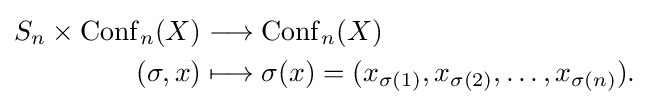
{\begin{aligned}S_{n}\times \operatorname {Conf} _{n}(X)&\longrightarrow \operatorname {Conf} _{n}(X)\\(\sigma ,x)&\longmapsto \sigma (x)=(x_{\sigma (1)},x_{\sigma (2)},\ldots ,x_{\sigma (n)}).\end{aligned}}